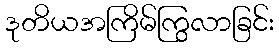
ဒုတိယအကြိမ်ကြွလာခြင်း